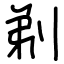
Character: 剃